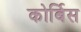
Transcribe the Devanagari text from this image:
कोर्बिस